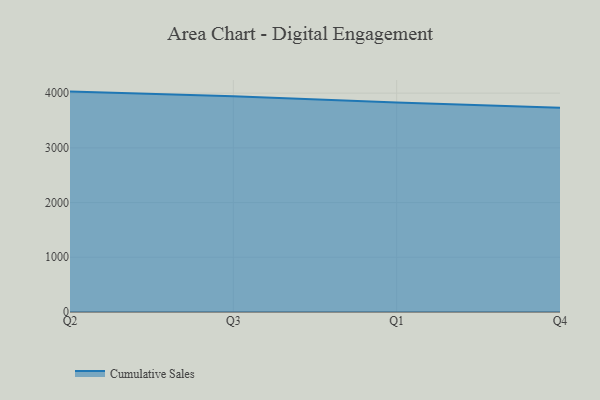
{"axis": {"x": "Quarter", "y": "Budget (USD K)"}, "legend": ["Cumulative Sales"], "data": [{"x": "Q2", "y": 4028.0, "type": "Cumulative Sales"}, {"x": "Q3", "y": 3944.4, "type": "Cumulative Sales"}, {"x": "Q1", "y": 3830.1, "type": "Cumulative Sales"}, {"x": "Q4", "y": 3730.9, "type": "Cumulative Sales"}]}